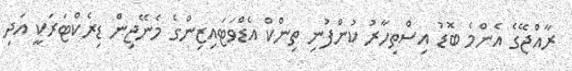
ރާއްޖޭގެ އެންމެ ބޮޑު އިސްތިހާރު ކުންފުނި ތިންކް އެޑްވަޓައިޒިންގެ މެނޭޖިން ޑިރެކްޓަރަކީ އަދި